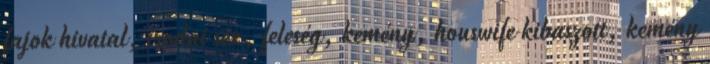
fajok hivatal, irodai sex, feleség, kemény, houswife kibaszott, kemény